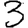
Digit: 3